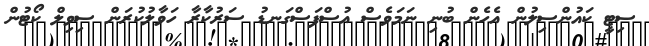
ސިޓީ ކައުންސިލުން އެހެން ބުނި ނަމަވެސް އުސްފަސްގަނޑު ސަރުކާރާ ހަވާލުކުރަން ސިވިލް ކޯޓުން